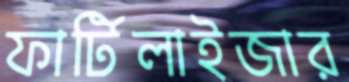
ফার্টিলাইজার